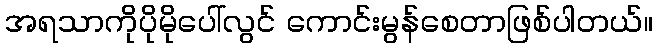
အရသာကိုပိုမိုပေါ်လွင် ကောင်းမွန်စေတာဖြစ်ပါတယ်။